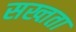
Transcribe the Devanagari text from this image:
सख्तता